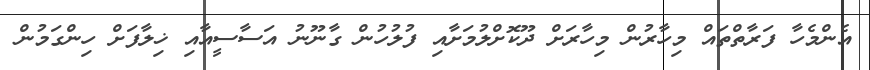
އެންމެހާ ފަރާތްތައް މިހާރުން މިހާރަށް ދޫކޮށްލުމަށާއި ފުލުހުން ގާނޫނު އަސާސީއާއި ޚިލާފަށް ހިންގަމުން